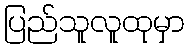
ပြည်သူလူထုမှာ